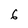
Character: 6